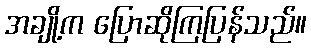
အချို့က ပြောဆိုကြပြန်သည်။